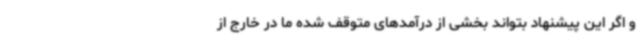
و اگر این پیشنهاد بتواند بخشی از درآمدهای متوقف شده ما در خارج از